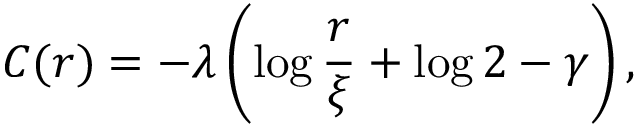
C ( \boldsymbol r ) = - \lambda \left( \log \frac { r } { \xi } + \log 2 - \gamma \right) ,